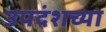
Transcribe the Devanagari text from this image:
उपदंशच्या